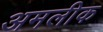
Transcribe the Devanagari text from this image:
अमलीक